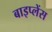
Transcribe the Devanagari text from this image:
बाइप्‍लेंस